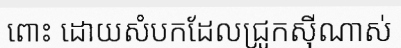
ពោះ ដោយសំបកដែលជ្រូកស៊ីណាស់